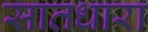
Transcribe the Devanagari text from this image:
सातधारा